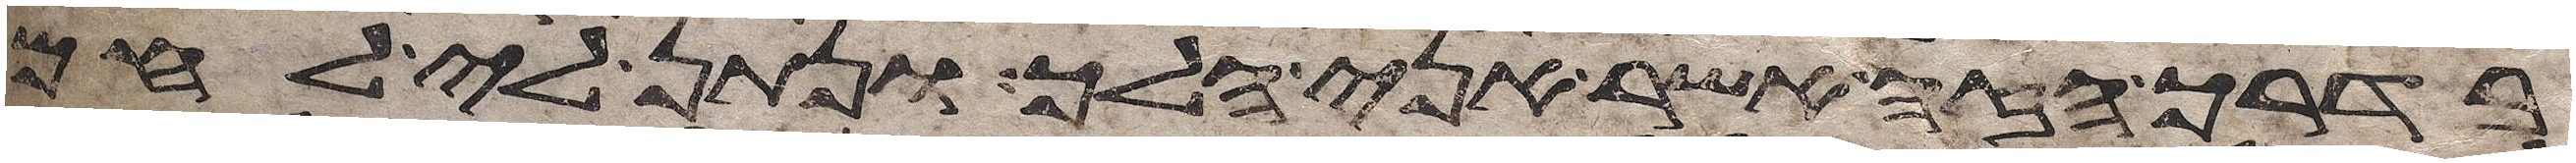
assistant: בדרך הזה אשר אני הלך ונתן לי לחם